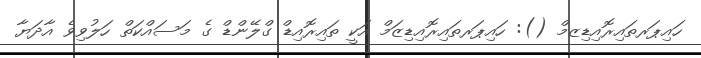
ހައިޕަރތައިރޮއިޑިޒމް (): ހައިޕަރތައިރޮއިޑިޒަމް އަކީ ތައިރޮއިޑް ގްލޭންޑް ގެ މަސައްކަތް ހަލުވިވެ އާދަޔާ